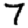
Digit: 7